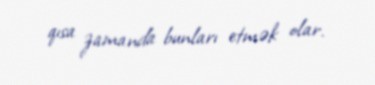
qısa zamanda bunları etmək olar.